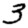
Digit: 3